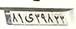
۸۱ی۲۹۸۲۲